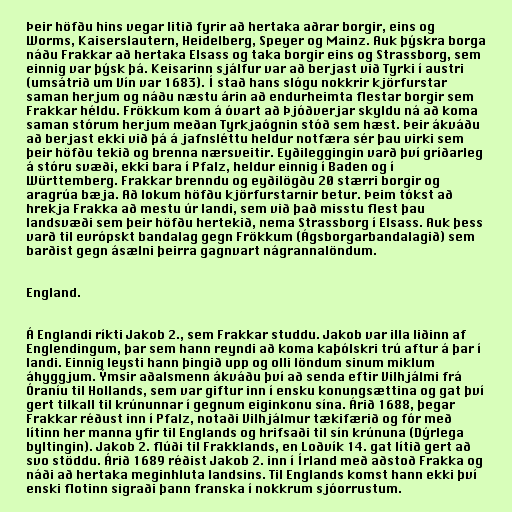
Þeir höfðu hins vegar litið fyrir að hertaka aðrar borgir, eins og
Worms, Kaiserslautern, Heidelberg, Speyer og Mainz. Auk þýskra borga
náðu Frakkar að hertaka Elsass og taka borgir eins og Strassborg, sem
einnig var þýsk þá. Keisarinn sjálfur var að berjast við Tyrki í austri
(umsátrið um Vín var 1683). Í stað hans slógu nokkrir kjörfurstar
saman herjum og náðu næstu árin að endurheimta flestar borgir sem
Frakkar héldu. Frökkum kom á óvart að Þjóðverjar skyldu ná að koma
saman stórum herjum meðan Tyrkjaógnin stóð sem hæst. Þeir ákváðu
að berjast ekki við þá á jafnsléttu heldur notfæra sér þau virki sem
þeir höfðu tekið og brenna nærsveitir. Eyðileggingin varð því gríðarleg
á stóru svæði, ekki bara í Pfalz, heldur einnig í Baden og í
Württemberg. Frakkar brenndu og eyðilögðu 20 stærri borgir og
aragrúa bæja. Að lokum höfðu kjörfurstarnir betur. Þeim tókst að
hrekja Frakka að mestu úr landi, sem við það misstu flest þau
landsvæði sem þeir höfðu hertekið, nema Strassborg í Elsass. Auk þess
varð til evrópskt bandalag gegn Frökkum (Ágsborgarbandalagið) sem
barðist gegn ásælni þeirra gagnvart nágrannalöndum.

England.

Á Englandi ríkti Jakob 2., sem Frakkar studdu. Jakob var illa liðinn af
Englendingum, þar sem hann reyndi að koma kaþólskri trú aftur á þar í
landi. Einnig leysti hann þingið upp og olli löndum sinum miklum
áhyggjum. Ýmsir aðalsmenn ákváðu því að senda eftir Vilhjálmi frá
Óraníu til Hollands, sem var giftur inn í ensku konungsættina og gat því
gert tilkall til krúnunnar í gegnum eiginkonu sína. Árið 1688, þegar
Frakkar réðust inn í Pfalz, notaði Vilhjálmur tækifærið og fór með
lítinn her manna yfir til Englands og hrifsaði til sín krúnuna (Dýrlega
byltingin). Jakob 2. flúði til Frakklands, en Loðvík 14. gat lítið gert að
svo stöddu. Árið 1689 réðist Jakob 2. inn í Írland með aðstoð Frakka og
náði að hertaka meginhluta landsins. Til Englands komst hann ekki því
enski flotinn sigraði þann franska í nokkrum sjóorrustum.